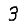
Digit: 3